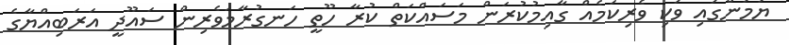
ޔަމަންގައި ވަކި ވެރިކަމެއް ގާއިމުކުރަން މަސައްކަތް ކުރާ ހޫތީ ހަނގުރާމަވެރިން ސައޫދީ އަރަބިއްޔާގެ